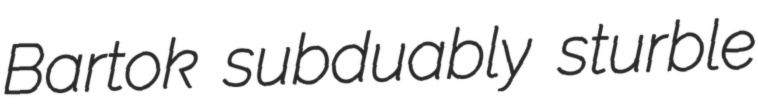
Bartok subduably sturble